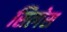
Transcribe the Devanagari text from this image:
सित्गेस